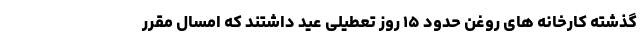
گذشته کارخانه های روغن حدود ۱۵ روز تعطیلی عید داشتند که امسال مقرر